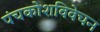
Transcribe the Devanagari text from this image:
पंचकोशविवेचन